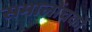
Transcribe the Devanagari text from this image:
समालोंचकों